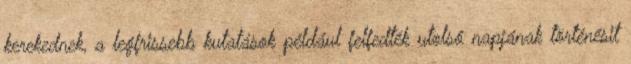
kerekednek, a legfrissebb kutatások például felfedték utolsó napjának történésit